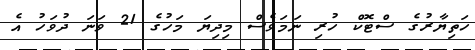
ހަތިޔާރުގެ ސްޓޮކް ހުރި ނަމަވެސް މިދިޔަ މަހުގެ 21 ވަނަ ދުވަހު އެ